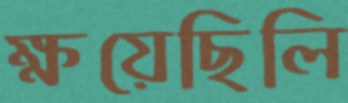
ক্ষয়েছিলি